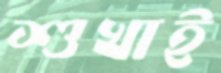
শুখাই